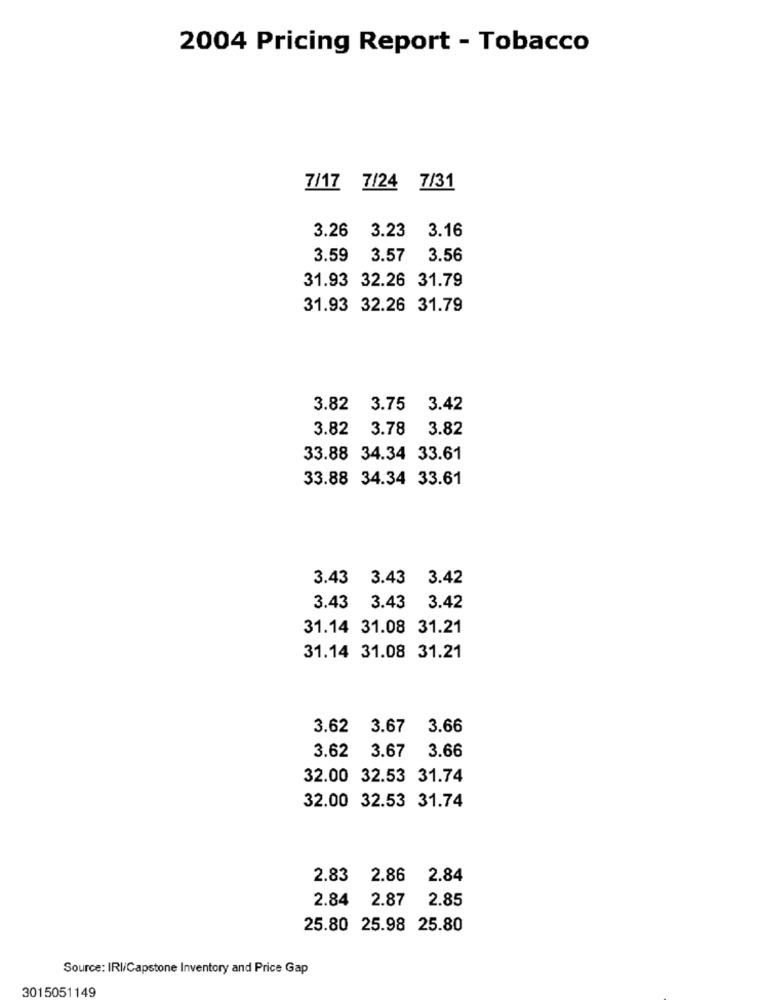
2004 Pricing Report - Tobacco
7/17 7/24 7/31
3.16
3.26 3.23
3.59 3.57 3.56
31.93 32.26 31.79
31.93 32.26 31.79
3.82 3.75 3.42
3.82 3.78 3.82
33.88 34.34 33.61
33.88 34.34 33.61
3.43 3.43 3.42
3.43 3.43
3.42
31.14 31.08 31.21
31.14 31.08 31.21
3.62 3.67 3.66
3.62 3.67
3.66
32.00 32.53 31.74
32.00 32.53 31.74
2.83
2.86
2.84
2.84 2.87
2.85
25.80 25.98 25.80
Source: IRI/Capstone Inventory and Price Gap
3015051149